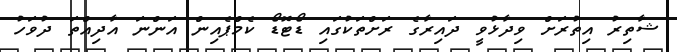
ޝާތިރު އިތުރަށް ވިދާޅުވީ ދައިރާގެ ރަށްތަކުގައި ޑޯޓޮޑޯ ކެމްޕެއިން އަންނަ އާދިއްތަ ދުވަހު